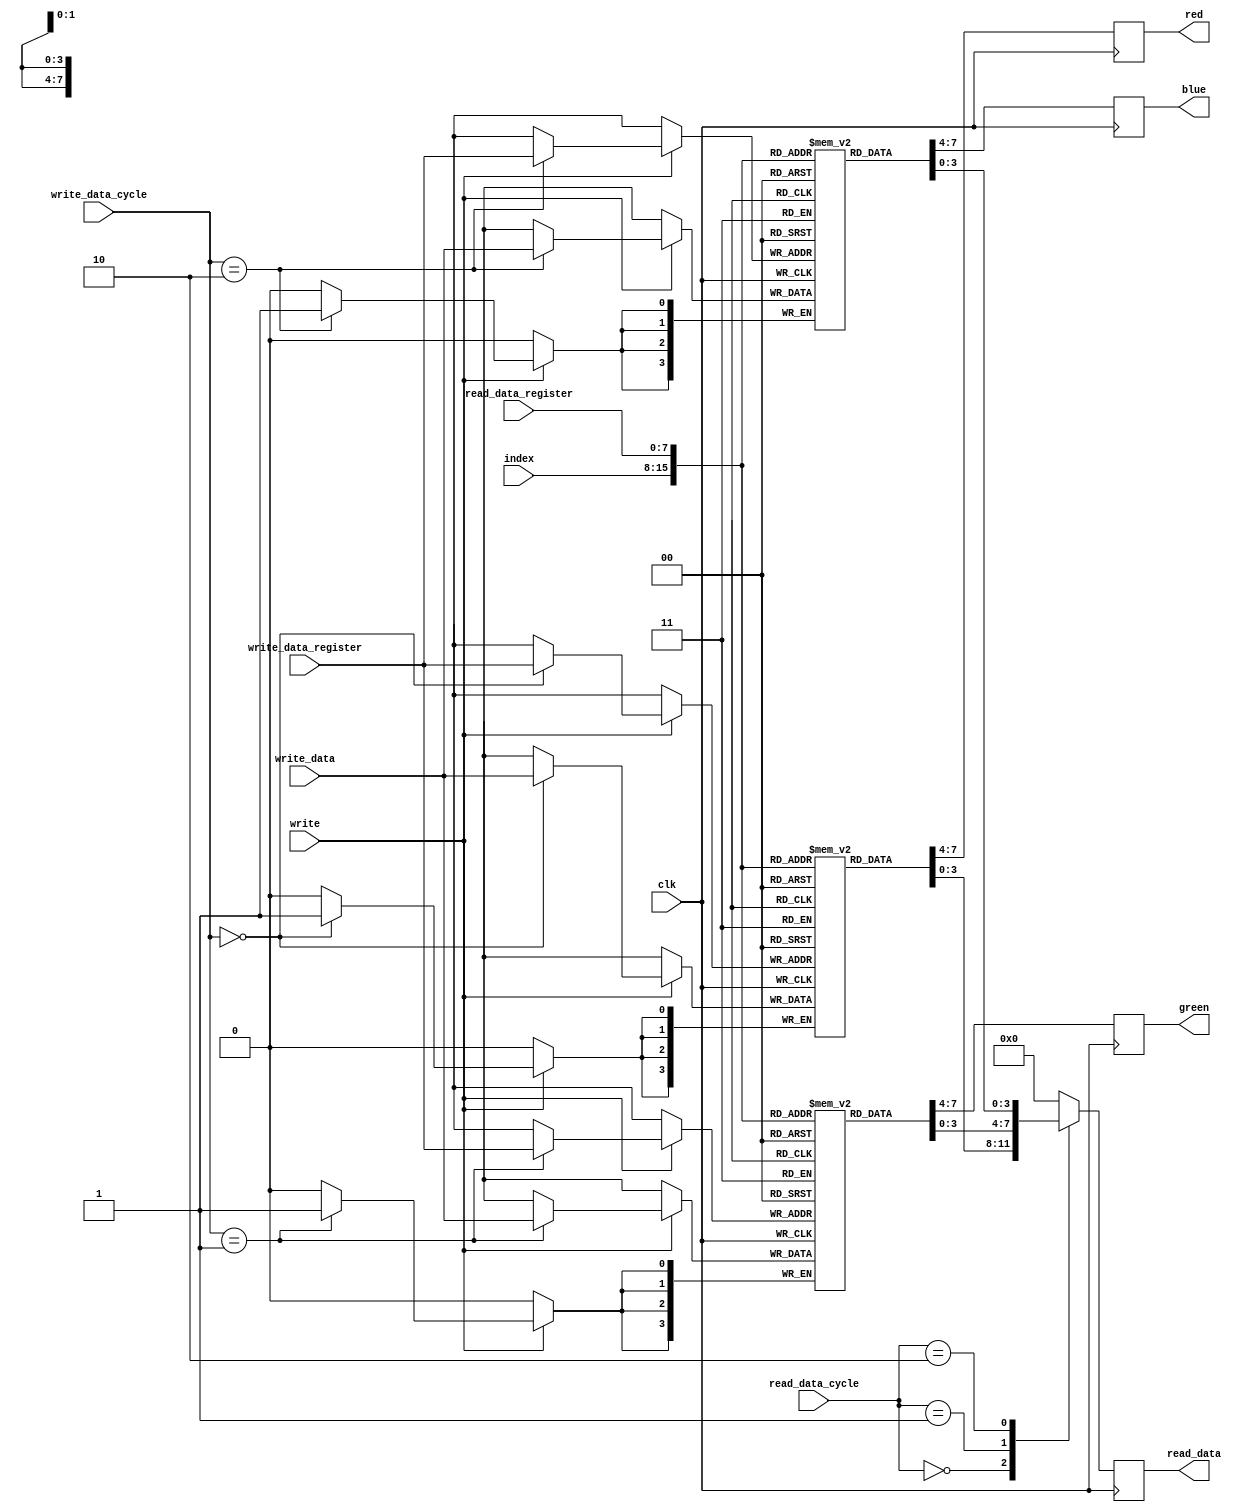
module vga_dac_regs_fml (
    input clk,
    input      [7:0] index,
    output reg [3:0] red,
    output reg [3:0] green,
    output reg [3:0] blue,
    input       write,
    input      [1:0] read_data_cycle,
    input      [7:0] read_data_register,
    output reg [3:0] read_data,
    input [1:0] write_data_cycle,
    input [7:0] write_data_register,
    input [3:0] write_data
  );
  reg [3:0] red_dac   [0:255];
  reg [3:0] green_dac [0:255];
  reg [3:0] blue_dac  [0:255];
  always @(posedge clk)
    begin
      red   <= red_dac[index];
      green <= green_dac[index];
      blue  <= blue_dac[index];
    end
  always @(posedge clk)
    case (read_data_cycle)
      2'b00:   read_data <= red_dac[read_data_register];
      2'b01:   read_data <= green_dac[read_data_register];
      2'b10:   read_data <= blue_dac[read_data_register];
      default: read_data <= 4'h0;
    endcase
  always @(posedge clk)
    if (write)
      case (write_data_cycle)
        2'b00:   red_dac[write_data_register]   <= write_data;
        2'b01:   green_dac[write_data_register] <= write_data;
        2'b10:   blue_dac[write_data_register]  <= write_data;
      endcase
endmodule